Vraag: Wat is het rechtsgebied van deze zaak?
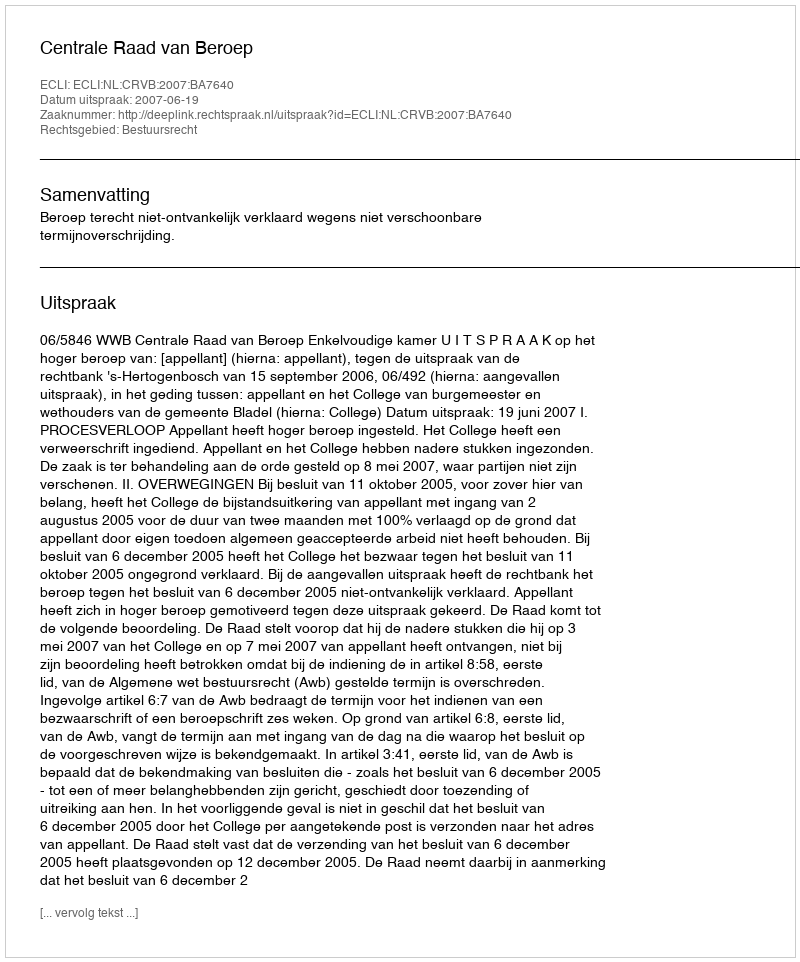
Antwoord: Bestuursrecht